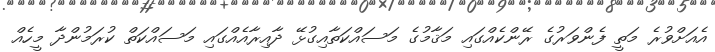
އެއަށްވުރެ މަތީ ފެންވަރުގެ ރޭންކެއްގައި މަޤާމުގެ މަސައްކަތާއިގުޅޭ ދާއިރާއެއްގައި މަސައްކަތް ކުރަމުންދާ މީހެއް